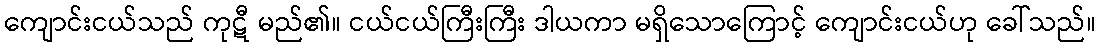
ကျောင်းငယ်သည် ကုဋီ မည်၏။ ငယ်ငယ်ကြီးကြီး ဒါယကာ မရှိသောကြောင့် ကျောင်းငယ်ဟု ခေါ်သည်။